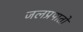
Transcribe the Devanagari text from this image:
जलप्रपातो